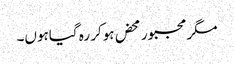
مگر مجبور محض ہوکر رہ گیاہوں۔